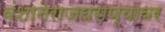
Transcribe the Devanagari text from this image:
वंशानेराजघराण्यावर